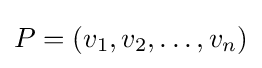
P=(v_{1},v_{2},\ldots ,v_{n})